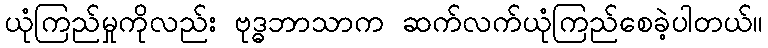
ယုံကြည်မှုကိုလည်း ဗုဒ္ဓဘာသာက ဆက်လက်ယုံကြည်စေခဲ့ပါတယ်။